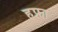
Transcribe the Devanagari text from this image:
हफ्ना